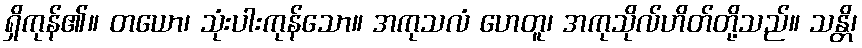
ရှိကုန်၏။ တယော၊ သုံးပါးကုန်သော။ အကုသလံ ဟေတူ၊ အကုသိုလ်ဟိတ်တို့သည်။ သန္တိ၊